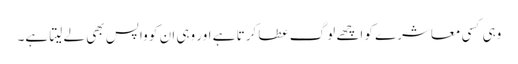
وہی کسی معاشرے کو اچھے لوگ عطا کرتا ہے اور وہی ان کو واپس بھی لے لیتا ہے۔